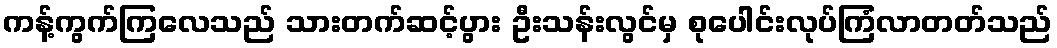
ကန့်ကွက်ကြလေသည် သားတက်ဆင့်ပွား ဦးသန်းလွင်မှ စုပေါင်းလုပ်ကြံလာတတ်သည်